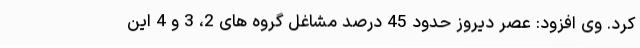
کرد. وی افزود: عصر دیروز حدود 45 درصد مشاغل گروه های 2، 3 و 4 این